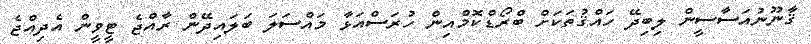
ޤާނޫނުއަސާސީން ލިބިދޭ ހައްޤުތަކަށް ބްރޯޑްކޮމްއިން ހުރަސްއަޅާ މައްސަލަ ބަލައިދޭން ރާއްޖެ ޓީވީން އެދިއްޖެ